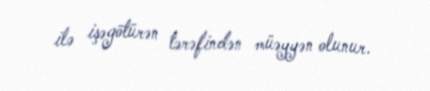
ilə işəgötürən tərəfindən müəyyən olunur.